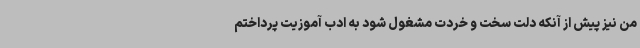
من نیز پیش از آنکه دلت سخت و خردت مشغول شود به ادب‌ آموزیت پرداختم